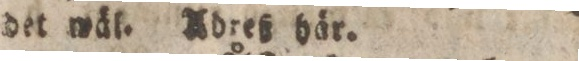
det wäl. Adreß här.